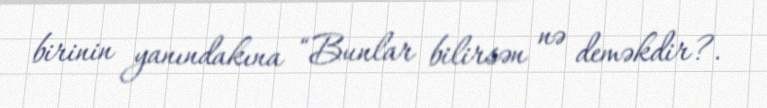
birinin yanındakına “Bunlar bilirsən nə deməkdir?.